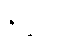
ရှိသည်။